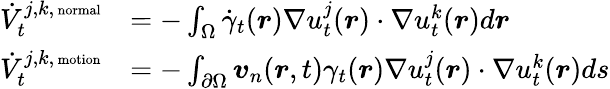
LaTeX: \begin{array}{rl}{\dot{V}_{t}^{j,k,\mathrm{\scriptsize~normal}}}&{=-\int_{\Omega}\dot{\gamma}_{t}(\boldsymbol r)\nabla u_{t}^{j}(\boldsymbol r)\cdot\nabla u_{t}^{k}(\boldsymbol r)d\boldsymbol r}\\ {\dot{V}_{t}^{j,k,\mathrm{\scriptsize~motion}}}&{=-\int_{\partial\Omega}\boldsymbol v_{n}(\boldsymbol r,t)\gamma_{t}(\boldsymbol r)\nabla u_{t}^{j}(\boldsymbol r)\cdot\nabla u_{t}^{k}(\boldsymbol r)ds}\end{array}